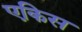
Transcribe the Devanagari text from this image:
एकिस